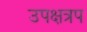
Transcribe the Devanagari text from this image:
उपक्षत्रप